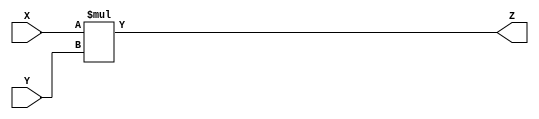
module multiplier(X,Y,Z);

input signed [10:0]X,Y;
output signed [21:0]Z;

assign Z=X*Y;

endmodule